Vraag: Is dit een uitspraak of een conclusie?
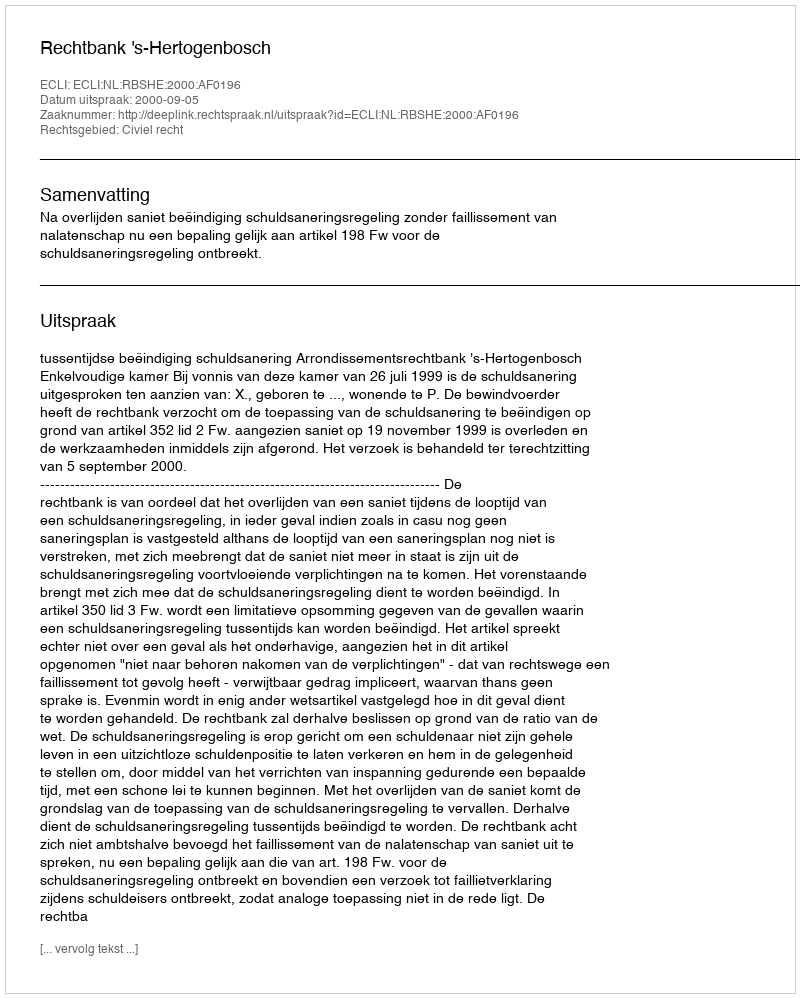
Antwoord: Uitspraak